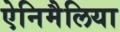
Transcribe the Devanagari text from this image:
ऐनिमैलिया